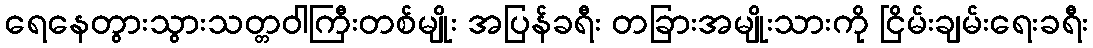
ရေနေတွားသွားသတ္တဝါကြီးတစ်မျိုး အပြန်ခရီး တခြားအမျိုးသားကို ငြိမ်းချမ်းရေးခရီး